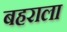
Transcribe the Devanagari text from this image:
बहराला